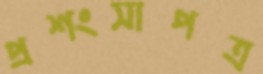
প্রশংসাপত্র